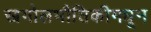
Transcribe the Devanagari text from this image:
खगोलभौतिकीमधून